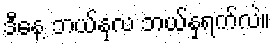
ဒီနေ့ ဘယ်နှလ ဘယ်နှရက်လဲ။